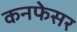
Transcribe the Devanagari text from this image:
कनफेसर